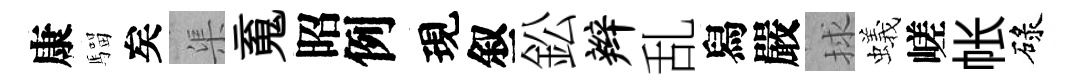
康騮矣渠䰟昭例現叙鈆辫乱舄嚴捄蟻嵯帐碌